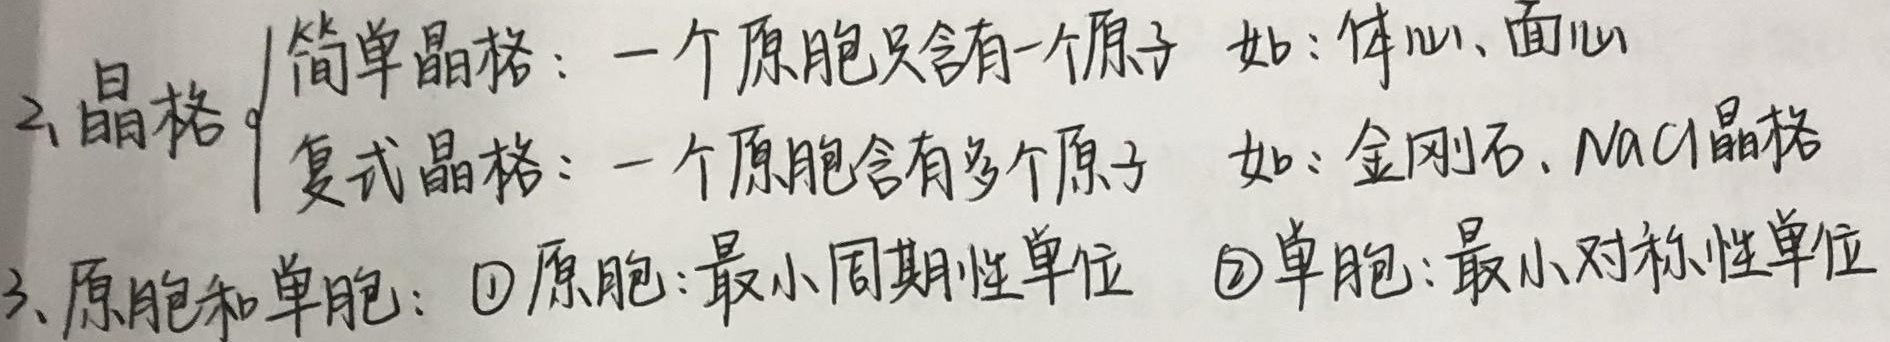
2、晶格
\[\begin{cases}
简单晶格：一个原胞只含有一个原子  如：体心、面心\\
复式晶格：一个原胞含有多个原子  如：金刚石、\text{NaCl}晶格
\end{cases}\]
3、原胞和单胞：\textcircled{1}原胞：最小周期性单位  \textcircled{2}单胞：最小对称性单位